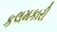
કલમકારી